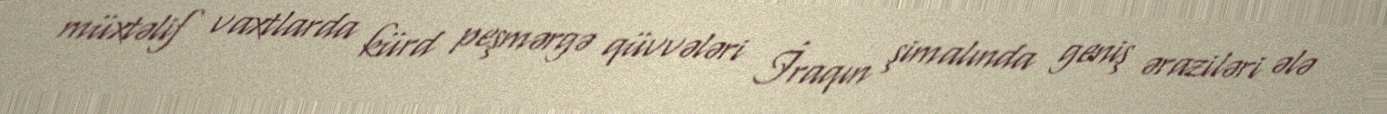
müxtəlif vaxtlarda kürd peşmərgə qüvvələri İraqın şimalında geniş əraziləri ələ